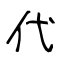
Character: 代